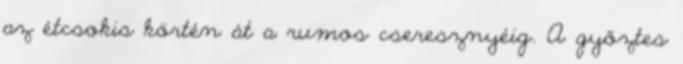
az étcsokis körtén át a rumos cseresznyéig. A győztes